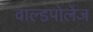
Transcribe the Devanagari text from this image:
वाल्डपोलेंज